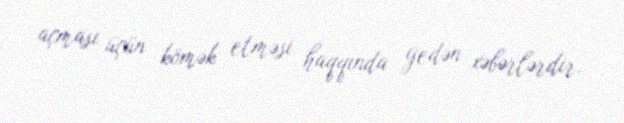
açması üçün kömək etməsi haqqında gedən xəbərlərdir.